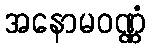
အနောမဝဏ္ဏံ